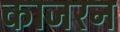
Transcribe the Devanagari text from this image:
काजरन